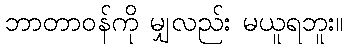
ဘာတာဝန်ကို မျှလည်း မယူရဘူး။